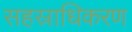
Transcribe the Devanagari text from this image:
सहस्राधिकरण